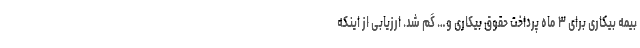
بیمه بیکاری برای ۳ ماه پرداخت حقوق بیکاری و… گم شد. ارزیابی از اینکه